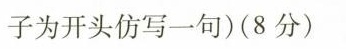
子为开头仿写一句)(8分)